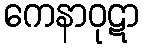
ကေနာဝုဋာ